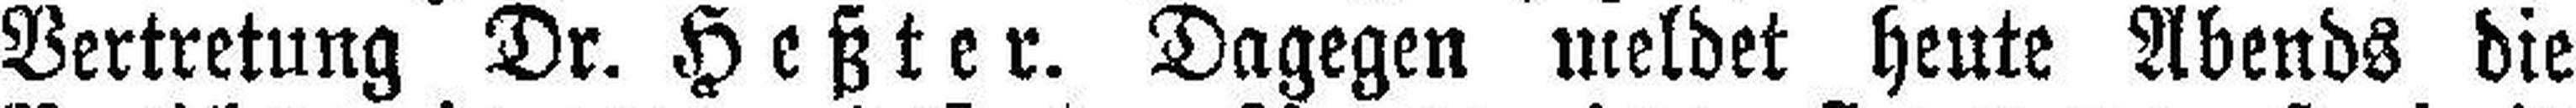
Vertretung Dr. Heßter. Dagegen meldet heute Abends die